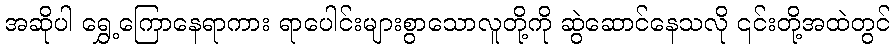
အဆိုပါ ရွှေ့ကြောနေရာကား ရာပေါင်းများစွာသောလူတို့ကို ဆွဲဆောင်နေသလို ၎င်းတို့အထဲတွင်